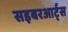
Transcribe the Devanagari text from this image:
सइबरआर्ट्स